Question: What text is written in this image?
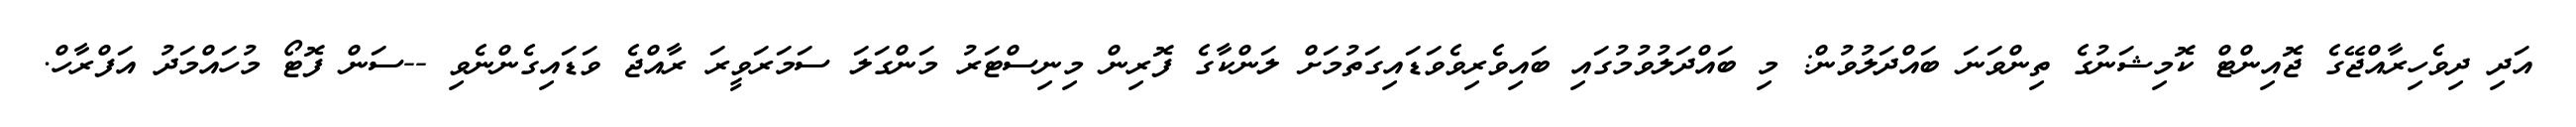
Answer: އަދި ދިވެހިރާއްޖޭގެ ޖޮއިންޓް ކޮމިޝަނުގެ ތިންވަނަ ބައްދަލުވުން: މި ބައްދަލުވުމުގައި ބައިވެރިވެވަޑައިގަތުމަށް ލަންކާގެ ފޮރިން މިނިސްޓަރު މަންގަލަ ސަމަރަވީރަ ރާއްޖެ ވަޑައިގެންނެވި --ސަން ފޮޓޯ މުހައްމަދު އަފްރާހް.